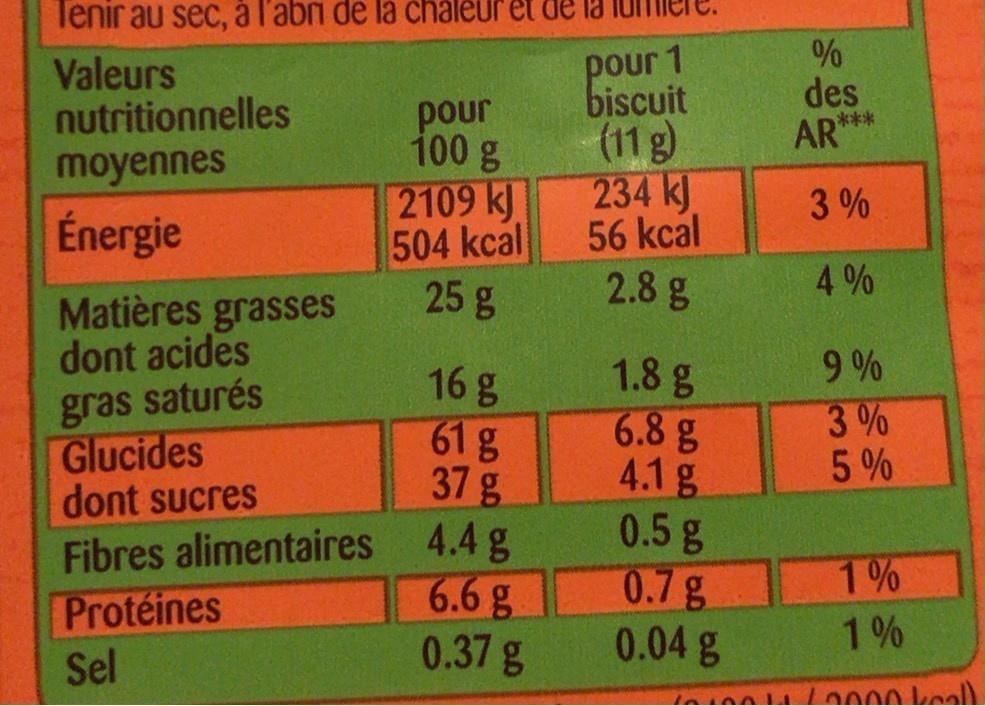
Tenir au sec, l'abni de là chálet
et de la
pour 1 biscuit (11g) 234 kJ 56 kcal 2.8 g
Valeurs nutritionnelles
des AR"
pour 100 g 2109 kJ 504 kcal 25 g
***
moyennes
3%
Énergie
4%
Matières grasses dont acides
9%
1.8 g 6.8 g 4.1g 0.5g 0.7g 0.04 g
gras saturés Glucides dont sucres Fibres alimentaires 4.4 g Protéines
16 g 61 g 37 g
3 % 5%
1%
6.6 g 0.37g
1%
Sel